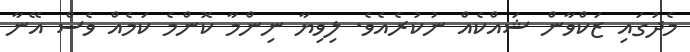
މެދުގައި ޒަކްވާން ޝައްކެއް ނުކުރެއެވެ. ލިވިޔާ ނިންމާ ކޮންމެ ކަމެއް ވެސް އޭނާ